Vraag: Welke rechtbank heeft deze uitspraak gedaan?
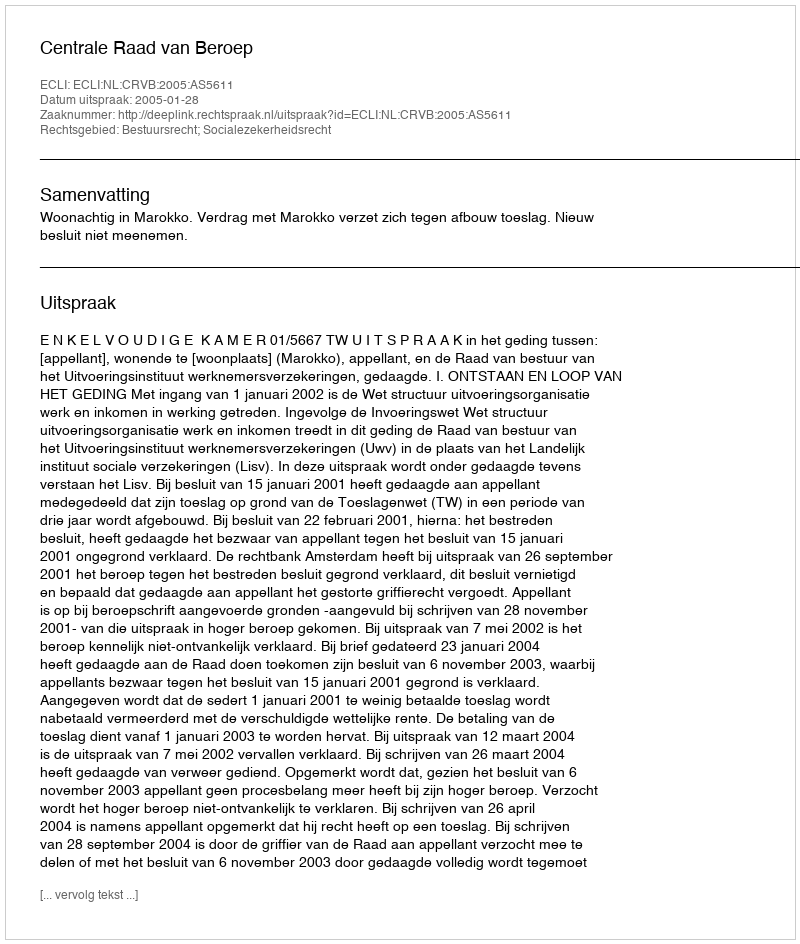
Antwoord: Centrale Raad van Beroep